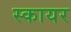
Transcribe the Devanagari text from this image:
स्कायर